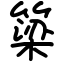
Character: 簗